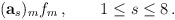
\begin{align*}(\mathbf{a}_s)_m f_m \,, \qquad 1\leq s \leq 8 \,.\end{align*}